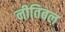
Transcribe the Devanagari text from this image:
नीतिबल